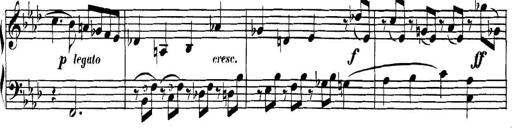
Title: Collected Piano Sonatas
Composer: Muzio Clementi